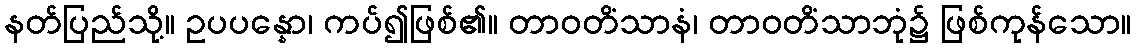
နတ်ပြည်သို့။ ဥပပန္နော၊ ကပ်၍ဖြစ်၏။ တာဝတိံသာနံ၊ တာဝတိံသာဘုံ၌ ဖြစ်ကုန်သော။